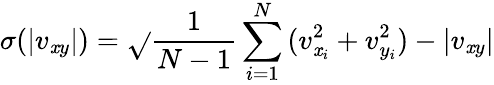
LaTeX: \sigma(|v_{\mathit{x}y}|)=\sqrt{}{{\frac{{1}}{{N-1}}\sum_{i=1}^{N}{(v_{\mathit{x}_{i}}^{2}+v_{y_{i}}^{2})-|v_{\mathit{x}y}|}}}